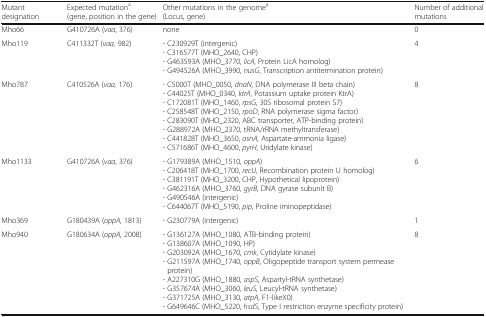
<table><thead><tr><td><b>Mutant designation</b></td><td><b>Expected mutation<sup>a</sup> (gene, position in the gene)</b></td><td><b>Other mutations in the genome<sup>a</sup> (Locus, gene)</b></td><td><b>Number of additional mutations</b></td></tr></thead><tbody><tr><td>Mho66</td><td>G410726A (<i>vaa</i>, 376)</td><td>none</td><td>0</td></tr><tr><td>Mho119</td><td>C411332T (<i>vaa,</i> 982)</td><td>- C230929T (intergenic)- C316577T (MHO_2640, CHP)- G463593A (MHO_3770, <i>licA</i>, Protein LicA homolog)- G494526A (MHO_3990, <i>nusG</i>, Transcription antitermination protein)</td><td>4</td></tr><tr><td>Mho787</td><td>C410526A (<i>vaa,</i> 176)</td><td>- C5000T (MHO_0050, <i>dnaN</i>, DNA polymerase III beta chain)- C44025T (MHO_0340, <i>ktrA</i>, Potassium uptake protein KtrA)- C172081T (MHO_1460, <i>rpsG</i>, 30S ribosomal protein S7)- C258548T (MHO_2150, <i>rpoD</i>, RNA polymerase sigma factor)- C283090T (MHO_2320, ABC transporter, ATP-binding protein)- G288972A (MHO_2370, tRNA/rRNA methyltransferase)- C441828T (MHO_3650, <i>asnA,</i> Aspartate-ammonia ligase)- C571686T (MHO_4600, <i>pyrH</i>, Uridylate kinase)</td><td>8</td></tr><tr><td>Mho1133</td><td>G410726A (<i>vaa</i>, 376)</td><td>- G179389A (MHO_1510, <i>oppA</i>)- C206418T (MHO_1700, <i>recU</i>, Recombination protein U homolog)- C381191T (MHO_3200, CHP, Hypothetical lipoprotein)- G462316A (MHO_3760, <i>gyrB</i>, DNA gyrase subunit B)- G490546A (intergenic)- C644067T (MHO_5190, <i>pip</i>, Proline iminopeptidase)</td><td>6</td></tr><tr><td>Mho369</td><td>G180439A (<i>oppA,</i> 1813)</td><td>- G230779A (intergenic)</td><td>1</td></tr><tr><td>Mho940</td><td>G180634A (<i>oppA,</i> 2008)</td><td>- G136127A (MHO_1080, ATB-binding protein)- G138607A (MHO_1090, HP)- G203092A (MHO_1670, <i>cmk</i>, Cytidylate kinase)- G211597A (MHO_1740, <i>oppB</i>, Oligopeptide transport system permease protein)- A227310G (MHO_1880, <i>aspS</i>, Aspartyl-tRNA synthetase)- G357674A (MHO_3060, <i>leuS</i>, Leucyl-tRNA synthetase)- G371725A (MHO_3130, <i>atpA</i>, F1-likeX0)- G649646C (MHO_5220, <i>hsdS</i>, Type I restriction enzyme specificity protein)</td><td>8</td></tr></tbody></table>